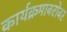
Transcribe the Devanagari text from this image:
कार्यक्रमाबरोबर